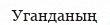
Уганданың